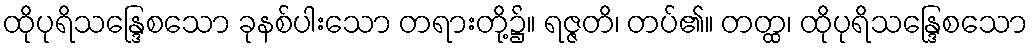
ထိုပုရိသန္ဒြေစသော ခုနစ်ပါးသော တရားတို့၌။ ရဇ္ဇတိ၊ တပ်၏။ တတ္ထ၊ ထိုပုရိသန္ဒြေစသော